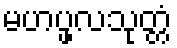
မဟပ္ဖလသုတ္တံ